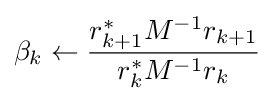
\beta _{k}\leftarrow {r_{k+1}^{*}M^{-1}r_{k+1} \over r_{k}^{*}M^{-1}r_{k}}